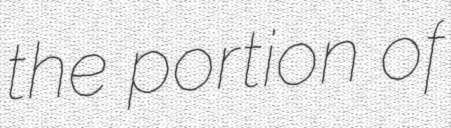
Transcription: the portion of